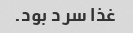
غذا سر د بود.